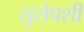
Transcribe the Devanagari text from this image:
युरोपशी